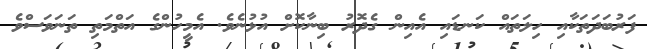
ފަރުބަދަތަކާއި ހިލަތައް ކަނޑައި އެއިން ގެދޮރު ބިނާކޮށް އުޅުނެވެ. އެމީހުންގެ އަތްމަތި ތަނަވަސްވެ